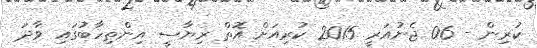
ކުރިން - 06 ޖެނުއަރީ 2015 ކުރިއަށް އޮތް ރިޔާސީ އިންތިހާބުގައި ވާދަ